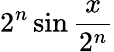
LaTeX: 2^{n}\sin{\frac{x}{2^{n}}}